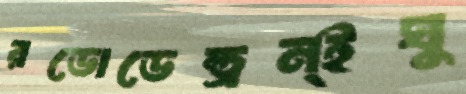
রডোডেন্ড্রন্ইঘু